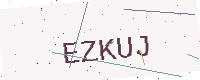
Text: EZKUJ